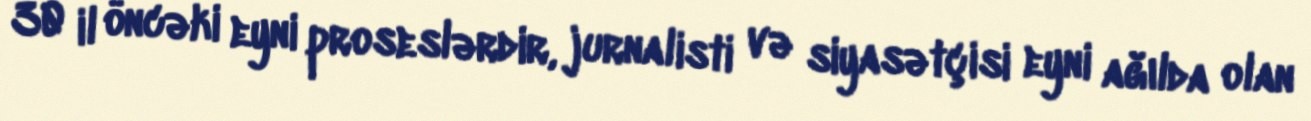
30 il öncəki eyni proseslərdir, jurnalisti və siyasətçisi eyni ağılda olan